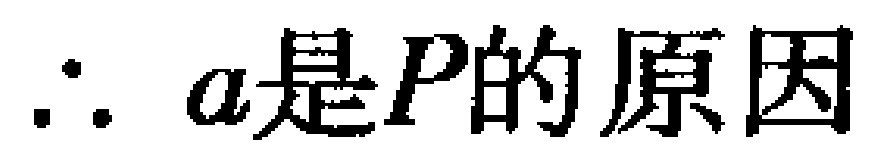
\(\therefore a是P的原因\)